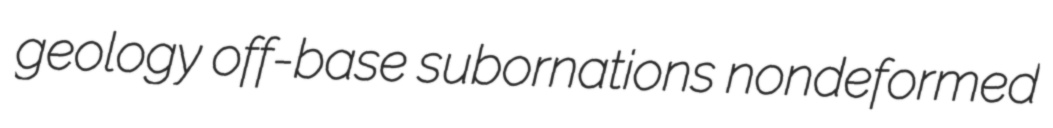
geology off-base subornations nondeformed